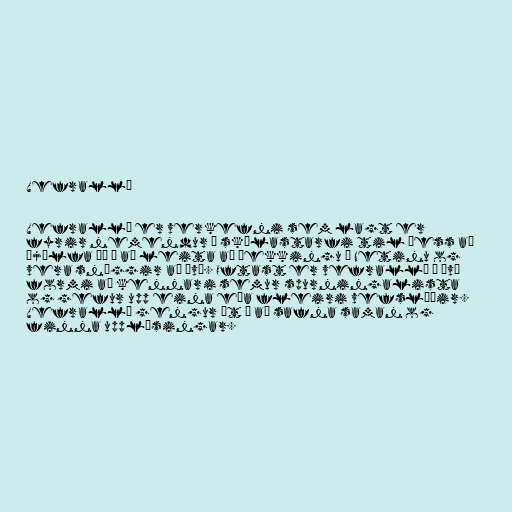
Vefrallý

Vefrallý er verkefni sem lagt er
fyrir nemendur í skólastarfi til þess að
þjálfa þá í að leita að þekkingu á Netinu og
vera snöggir að því. Oftast er vefrallý á því
formi að kennari semur spurningalista
og gefur upp eina eða fleiri vefslóðir.
Vefrallý gengur út á að safna saman og
finna upplýsingar.